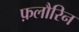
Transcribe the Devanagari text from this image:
फ़लौरिन